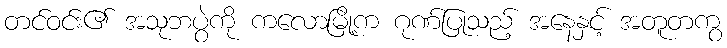
တင်ဝင်း၏ အသုဘပွဲကို ကလောမြို့က ဂုဏ်ပြုသည့် အနေနှင့် အတူတကွ